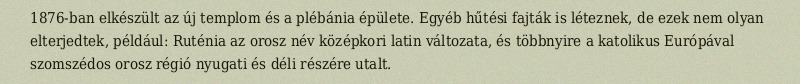
1876-ban elkészült az új templom és a plébánia épülete. Egyéb hűtési fajták is léteznek, de ezek nem olyan elterjedtek, például: Ruténia az orosz név középkori latin változata, és többnyire a katolikus Európával szomszédos orosz régió nyugati és déli részére utalt.